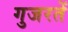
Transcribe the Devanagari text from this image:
गुजरतें